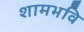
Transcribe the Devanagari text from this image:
शामभवि